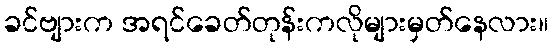
ခင်ဗျားက အရင်ခေတ်တုန်းကလိုများမှတ်နေလား။